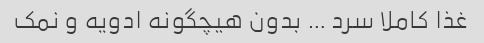
غذا کاملا سرد … بدون هیچگونه ادویه و نمک